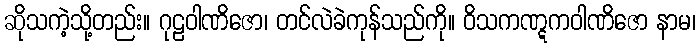
ဆိုသကဲ့သို့တည်း။ ဂုဠဝါဏိဇော၊ တင်လဲခဲကုန်သည်ကို။ ဝိသကဏ္ဋကဝါဏိဇော နာမ၊